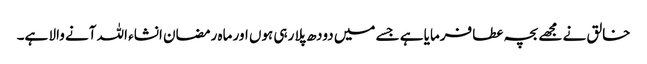
خالق نے مجھے بچہ عطا فرمایا ہے جسے میں دودھ پلا رہی ہوں اور ماہ رمضان انشاء اللہ آنے والا ہے۔